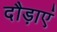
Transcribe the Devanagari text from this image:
दौड़ाएं